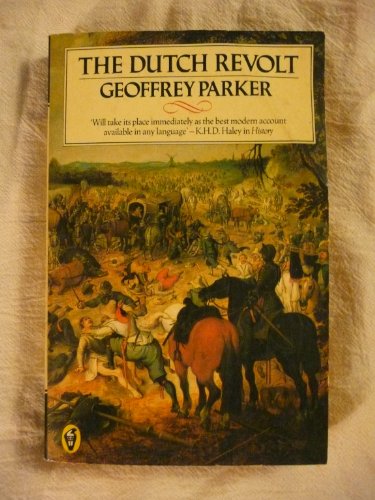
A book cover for The Dutch Revolt: Revised Edition (Peregrines); Geoffrey Parker; History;